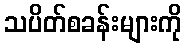
သပိတ်စခန်းများကို